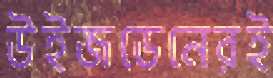
উইজডেনেরই